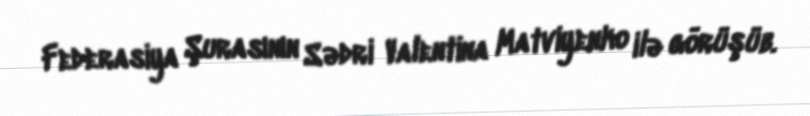
Federasiya Şurasının Sədri Valentina Matviyenko ilə görüşüb.